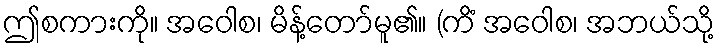
ဤစကားကို။ အဝေါစ၊ မိန့်တော်မူ၏။ (ကိံ အဝေါစ၊ အဘယ်သို့